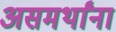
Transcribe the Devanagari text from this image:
असमर्थांना